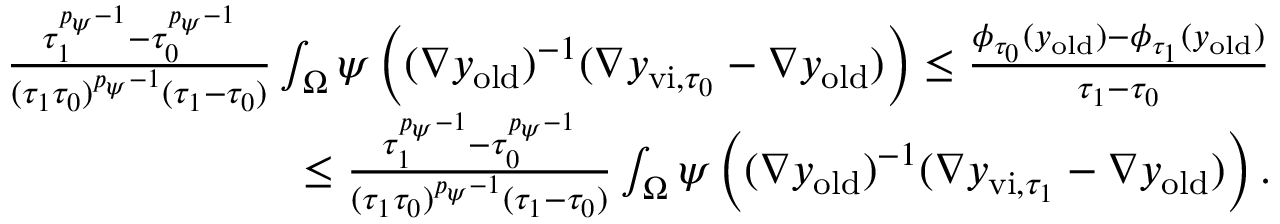
\begin{array} { r } { \frac { \tau _ { 1 } ^ { { p _ { \psi } - 1 } } - \tau _ { 0 } ^ { { p _ { \psi } - 1 } } } { ( \tau _ { 1 } \tau _ { 0 } ) ^ { p _ { \psi } - 1 } ( \tau _ { 1 } - \tau _ { 0 } ) } \int _ { \Omega } \psi \left( ( \nabla y _ { \mathrm { o l d } } ) ^ { - 1 } ( \nabla y _ { \mathrm { v i } , { \tau _ { 0 } } } - \nabla y _ { \mathrm { o l d } } ) \right) \leq \frac { \phi _ { \tau _ { 0 } } ( y _ { \mathrm { o l d } } ) - \phi _ { \tau _ { 1 } } ( y _ { \mathrm { o l d } } ) } { \tau _ { 1 } - \tau _ { 0 } } } \\ { \quad \leq \frac { \tau _ { 1 } ^ { { p _ { \psi } - 1 } } - \tau _ { 0 } ^ { { p _ { \psi } - 1 } } } { ( \tau _ { 1 } \tau _ { 0 } ) ^ { p _ { \psi } - 1 } ( \tau _ { 1 } - \tau _ { 0 } ) } \int _ { \Omega } \psi \left( ( \nabla y _ { \mathrm { o l d } } ) ^ { - 1 } ( \nabla y _ { \mathrm { v i } , { \tau _ { 1 } } } - \nabla y _ { \mathrm { o l d } } ) \right) . } \end{array}